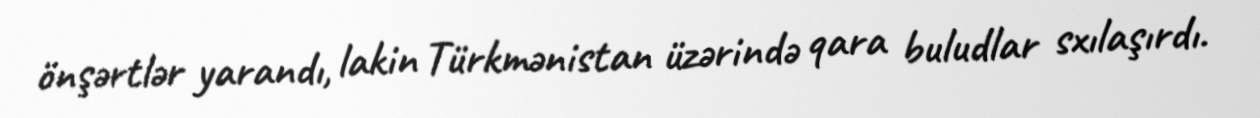
önşərtlər yarandı, lakin Türkmənistan üzərində qara buludlar sxılaşırdı.